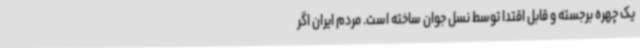
یک چهره برجسته و قابل اقتدا توسط نسل جوان ساخته است. مردم ایران اگر